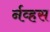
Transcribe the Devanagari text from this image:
र्नव्हस